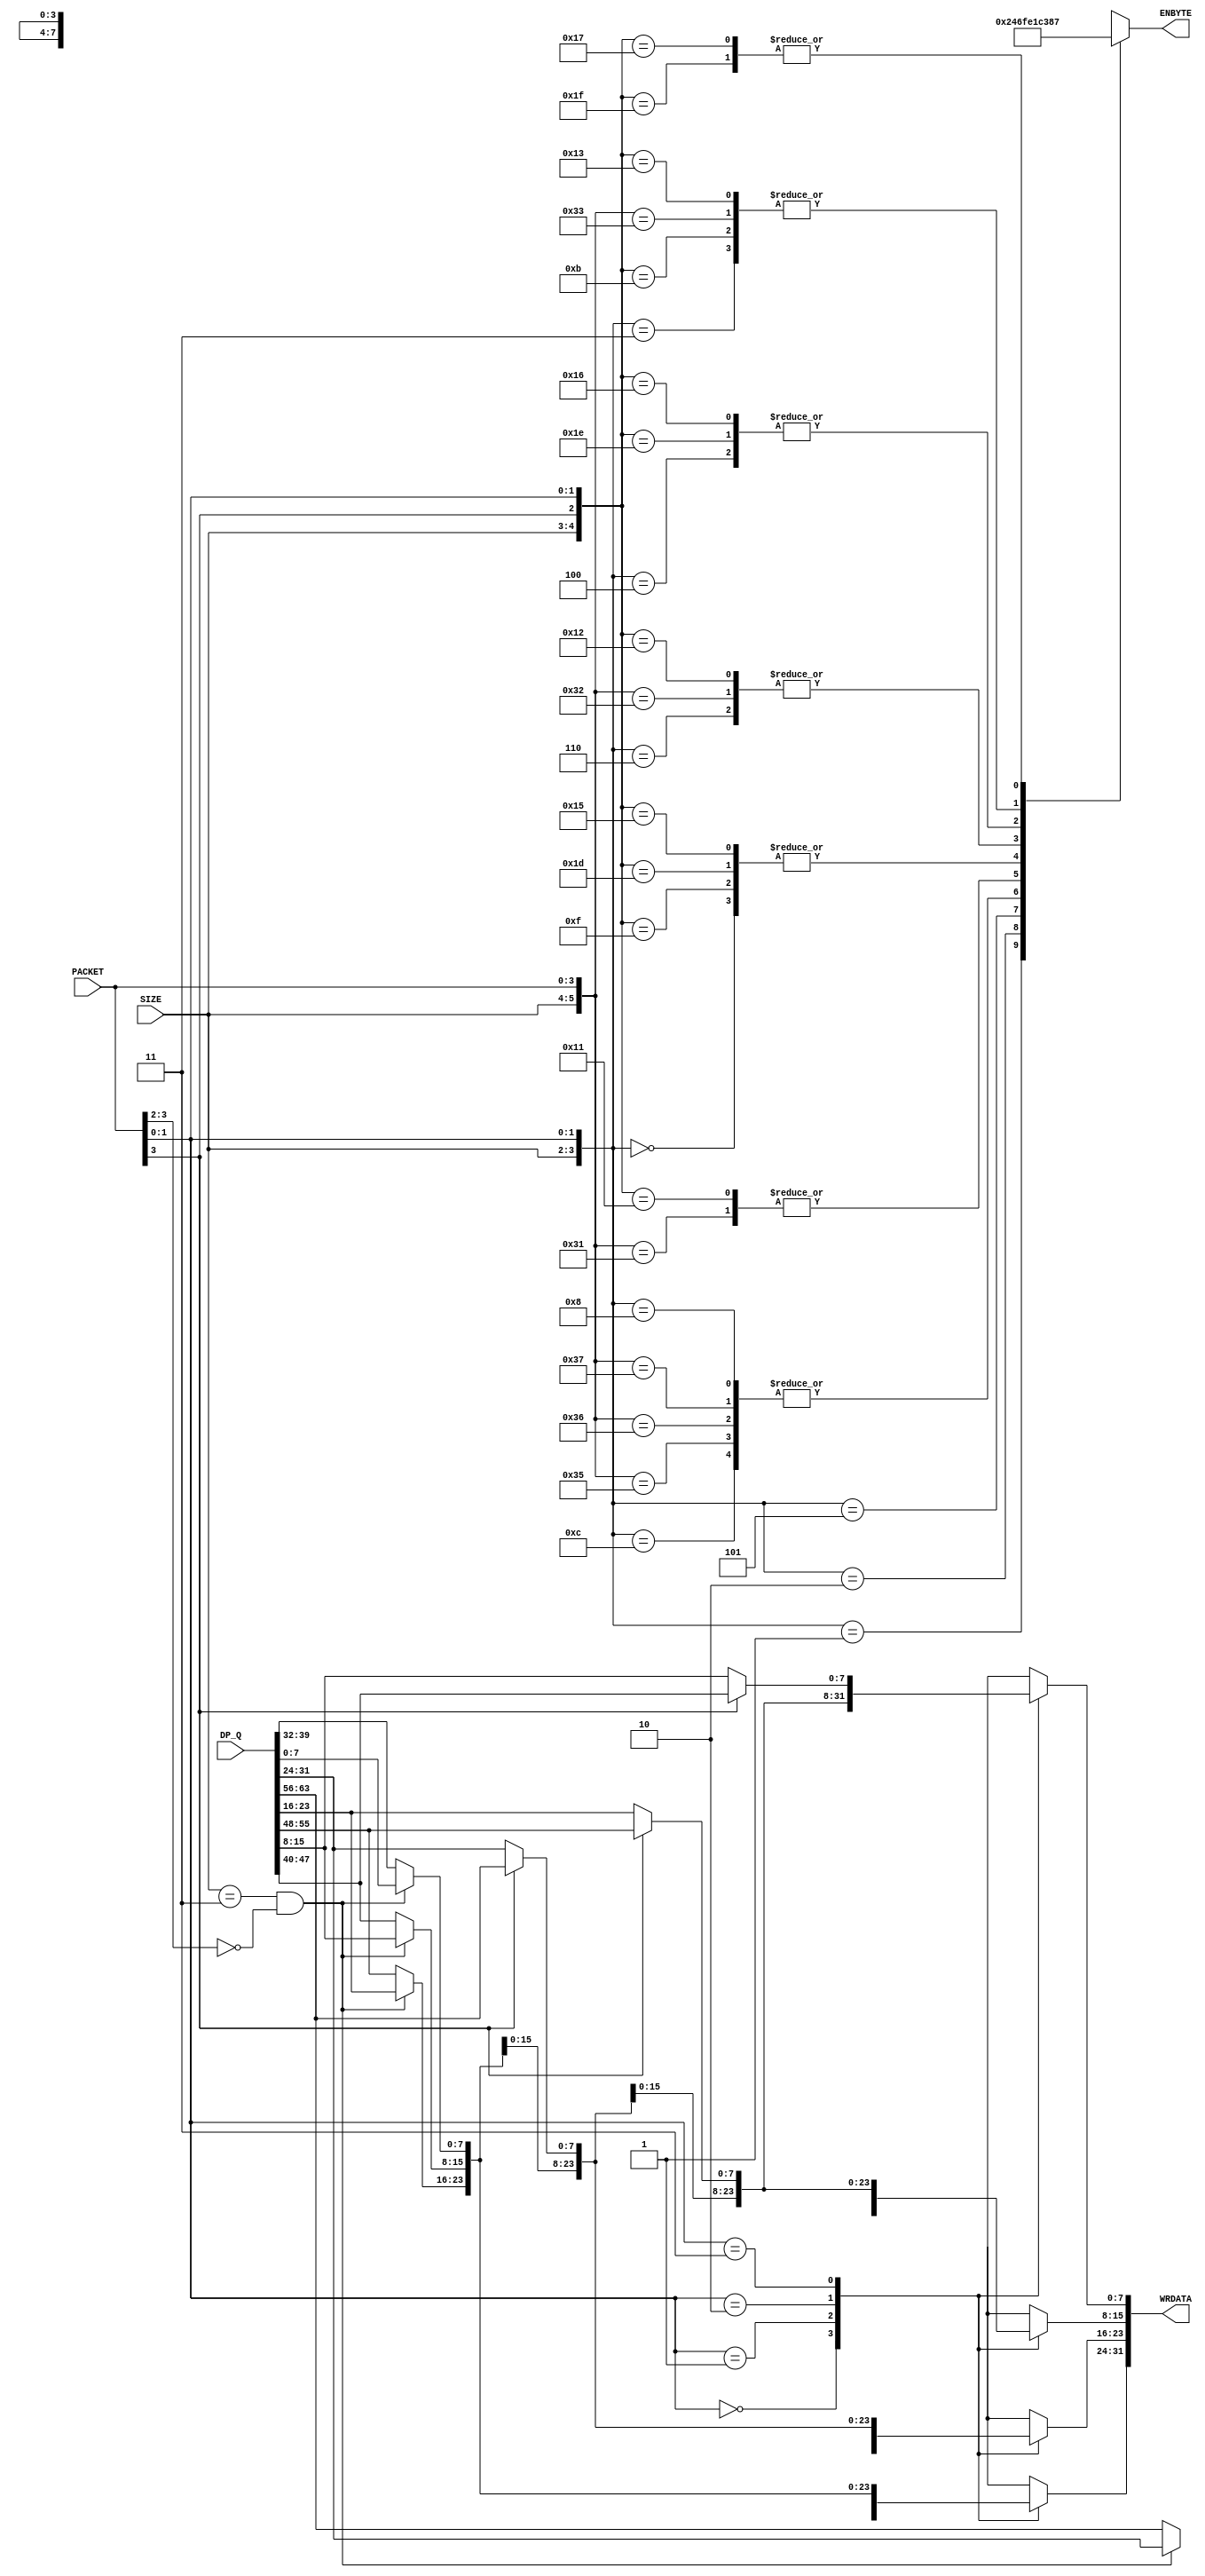
module WR_ALIGNER ( PACKET, DP_Q, SIZE, WRDATA, ENBYTE );
	input	 [3:0]	PACKET;	
	input	[63:0]	DP_Q;
	input	 [1:0]	SIZE;
	output	[31:0]	WRDATA;
	output	 [3:0]	ENBYTE;
	reg		 [3:0]	ENBYTE;
	reg		 [7:0]	dbyte0,dbyte1,dbyte2,dbyte3;
	wire			switch;
	assign switch = (SIZE == 2'b11) & (PACKET[3:2] == 2'b00);
	always @(DP_Q or switch or PACKET)
		case (PACKET[1:0])
		  2'b00 : dbyte0 =    switch ?   DP_Q[7:0] : DP_Q[39:32];
		  2'b01 : dbyte0 = PACKET[3] ? DP_Q[63:56] : DP_Q[31:24];
		  2'b10 : dbyte0 = PACKET[3] ? DP_Q[55:48] : DP_Q[23:16];
		  2'b11 : dbyte0 = PACKET[3] ? DP_Q[47:40] :  DP_Q[15:8];
		endcase
	always @(DP_Q or switch or PACKET)
		case (PACKET[1:0])
		  2'b00 : dbyte1 =    switch ?  DP_Q[15:8] : DP_Q[47:40];
		  2'b01 : dbyte1 =    switch ?   DP_Q[7:0] : DP_Q[39:32];
		  2'b10 : dbyte1 = PACKET[3] ? DP_Q[63:56] : DP_Q[31:24];
		  2'b11 : dbyte1 = PACKET[3] ? DP_Q[55:48] : DP_Q[23:16];
		endcase
	always @(DP_Q or switch or PACKET)
		case (PACKET[1:0])
		  2'b00 : dbyte2 =    switch ? DP_Q[23:16] : DP_Q[55:48];
		  2'b01 : dbyte2 =    switch ?  DP_Q[15:8] : DP_Q[47:40];
		  2'b10 : dbyte2 =    switch ?   DP_Q[7:0] : DP_Q[39:32];
		  2'b11 : dbyte2 = PACKET[3] ? DP_Q[63:56] : DP_Q[31:24];
		endcase
	always @(DP_Q or switch or PACKET)
		case (PACKET[1:0])
		  2'b00 : dbyte3 =    switch ? DP_Q[31:24] : DP_Q[63:56];
		  2'b01 : dbyte3 =    switch ? DP_Q[23:16] : DP_Q[55:48];
		  2'b10 : dbyte3 =    switch ?  DP_Q[15:8] : DP_Q[47:40];
		  2'b11 : dbyte3 =    switch ?   DP_Q[7:0] : DP_Q[39:32];
		endcase
	assign WRDATA = {dbyte3,dbyte2,dbyte1,dbyte0};
	always @(SIZE or PACKET)
		casex ({SIZE,PACKET})
		  6'b00_xx_00 : ENBYTE = 4'b0001;	
		  6'b00_xx_01 : ENBYTE = 4'b0010;
		  6'b00_xx_10 : ENBYTE = 4'b0100;
		  6'b00_xx_11 : ENBYTE = 4'b1000;
		  6'b01_xx_00 : ENBYTE = 4'b0011;	
		  6'b01_xx_01 : ENBYTE = 4'b0110;
		  6'b01_xx_10 : ENBYTE = 4'b1100;
		  6'b01_0x_11 : ENBYTE = 4'b1000;
		  6'b01_1x_11 : ENBYTE = 4'b0001;
		  6'b11_xx_00 : ENBYTE = 4'b1111;	
		  6'b11_00_01 : ENBYTE = 4'b1110;
		  6'b11_01_01 : ENBYTE = 4'b1111;
		  6'b11_1x_01 : ENBYTE = 4'b0001;
		  6'b11_00_10 : ENBYTE = 4'b1100;
		  6'b11_01_10 : ENBYTE = 4'b1111;
		  6'b11_1x_10 : ENBYTE = 4'b0011;
		  6'b11_00_11 : ENBYTE = 4'b1000;
		  6'b11_01_11 : ENBYTE = 4'b1111;
		  6'b11_1x_11 : ENBYTE = 4'b0111;
		  6'b10_xx_00 : ENBYTE = 4'b1111;	
		  6'b10_0x_01 : ENBYTE = 4'b1110;
		  6'b10_1x_01 : ENBYTE = 4'b0001;
		  6'b10_0x_10 : ENBYTE = 4'b1100;
		  6'b10_1x_10 : ENBYTE = 4'b0011;
		  6'b10_0x_11 : ENBYTE = 4'b1000;
		  6'b10_1x_11 : ENBYTE = 4'b0111;
		endcase
endmodule